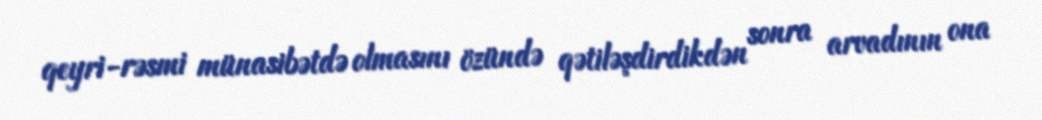
qeyri-rəsmi münasibətdə olmasını özündə qətiləşdirdikdən sonra arvadının ona